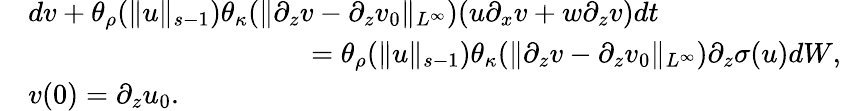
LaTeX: \begin{array}{rl}&{dv+\theta_{\rho}(\| u\| _{s-1})\theta_{\kappa}(\| \partial_{z}v-\partial_{z}v_{0}\| _{L^{\infty}})(u\partial_{x}v+w\partial_{z}v)dt}\\ &{\qquad\qquad\qquad\qquad\qquad=\theta_{\rho}(\| u\| _{s-1})\theta_{\kappa}(\| \partial_{z}v-\partial_{z}v_{0}\| _{L^{\infty}})\partial_{z}\sigma(u)dW,}\\ &{v(0)=\partial_{z}u_{0}.}\end{array}